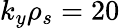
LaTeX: k_{y}\rho_{s}=20